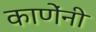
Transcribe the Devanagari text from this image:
काणेंनी